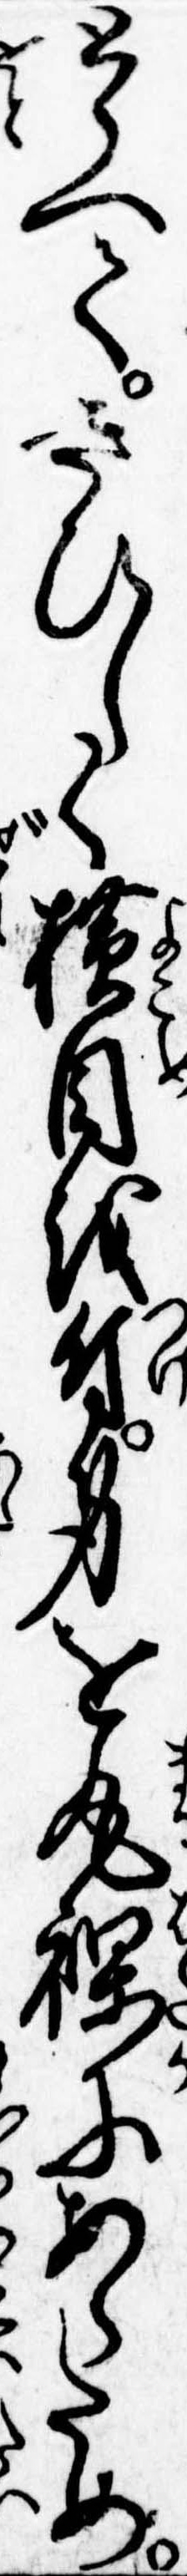
とらへてきひしく横目を付身を丸裸にあらため